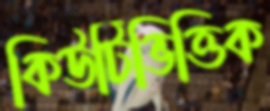
কিউটিভিত্তিক